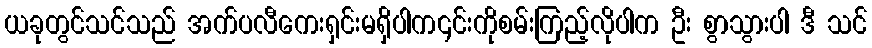
ယခုတွင်သင်သည် အက်ပလီကေးရှင်းမရှိပါက၎င်းကိုစမ်းကြည့်လိုပါက ဦး စွာသွားပါ ဒီ သင်